Medical and sanitary report of the native army of Bengal for the year
Year: 1875
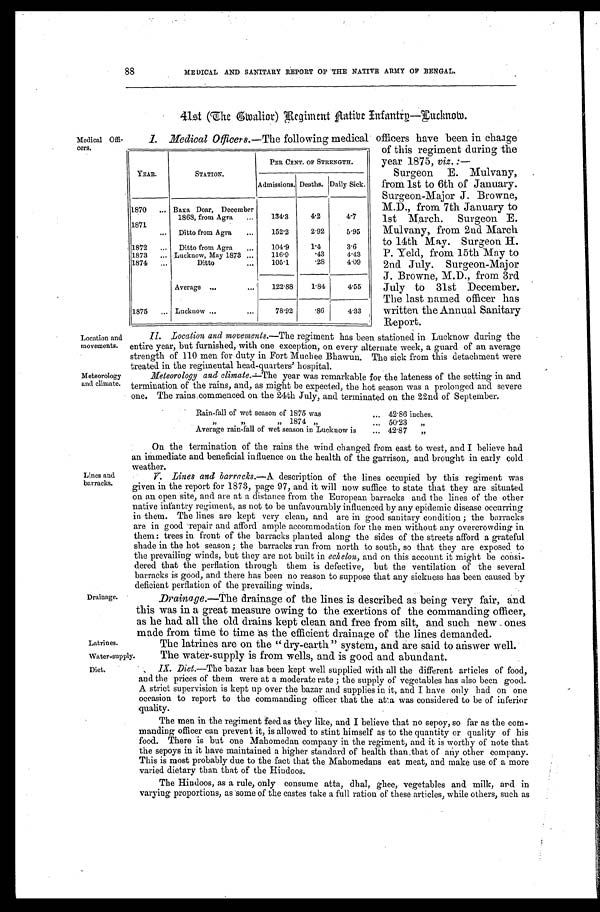
88
MEDICAL AND SANITARY REPORT OF THE NATIVE ARMY OF BENGAL.
41st (The Gwalior) Regiment Aatibe Infantry—Lucknow.
Medical Offi-
cers.
Location and
movements.
Meteorology
and climate.
I. Medical Officers.—The following medical officers have been in charge
of this regiment during the
year 1875, viz. :—
Surgeon E. Mulvany,
from 1st to 6th of January.
Surgeon-Major J. Browne,
M.D., from 7th January to
1st March. Surgeon E.
Muivany, from 2nd March
to 14th May. Surgeon H.
P. Yeld, from 15th May to
2nd July. Surgeon-Major
J. Browne, M.D., from 3rd
July to 31st December.
The last named officer has
written the Annual Sanitary
Report.
II. Location and movements .—The regiment has been stationed in Lucknow during the
entire year, but furnished, with one exception, on every alternate week, a guard of an average
strength of 110 men for duty in Fort Muchee Bhawun. The sick from this detachment were
t r e a t e d i n t h e r e g i m e n t a l h e a d - q u a r t e r s ' h o s p i t a l .
Meteorology and climate .—The year was remarkable for the lateness of the setting in and
termination of the rains, and, as might be expected, the hot season was a prolonged and severe
one. The rains commenced on the 24th July, and terminated on the 22nd of September.
YEAR.
STATION.
PER CENT. OF STRENGTH.
Admissions. Deaths. Daily Sick.
1870 . . .
Baxa Doar, December
1863, from Agra . . .
134.3
4.2
4.7
1 8 7 1 . . .
Ditto from Agra . . .
152.2
2.92
5.95
1872 . . .
Ditto from Agra . . .
104.9
1.4
3.6
1873 . . .
Lucknow, May 1873 . . .
116.9
.43
4.43
1874 . . .
D i t t o . . .
105.1
.28
4.09
Av e r a g e . . .
122.88
1.84
4.55
1875 . . .
Lucknow . . .
78.92
.86
4.33
Rain-fall of wet season of 1875 was . . . 42.86 inches.
" " " 1 8 7 4 " . . . 50.23 "
Average rain-fall of wet season in Lucknow is . . . 42.87 "
Lines and
barracks.
Drainage.
Latrines.
On the termination of the rains the wind changed from east to west, and I believe had
an immediate and beneficial influence on the health of the garrison, and brought in early cold
wather.
V. Lines and barracks .—A description of the lines occupied by this regiment was
given in the report for 1873, page 97, and it will now suffice to state that they are situated
on an open site, and are at a distance from the European barracks and the lines of the other
native infantry regiment, as not to be unfavourably influenced by any epidemic disease occurring
in them. The lines are kept very clean, and are in good sanitary condition; the barracks
are in good repair and afford ample accommodation for the men without any overcrowding in
them: trees in front of the barracks planted along the sides of the streets afford a grateful
shade in the hot season; the barracks run from north to south, so that they are exposed to
the prevailing winds, but they are not built in echelon, and on this account it might be consi
-dered that the perflation through them is defective, but the ventilation of the several
barracks is good, and there has been no reason to suppose that any sickness has been caused by
deficient perflation of the prevailing winds.
Drainage .—The drainage of the lines is described as being very fair, and
this was in a great measure owing to the exertions of the commanding officer,
as he had all the old drains kept clean and free from silt, and such new ones
made from time to time as the efficient drainage of the lines demanded.
The latrines are on the "dry-earth" system, and are said to answer well.
Water-supply.
The water-supply is from wells, and is good and abundant.
Diet.
IX. Diet .—The bazar has been kept well supplied with all the different articles of food,
and the prices of them were at a moderate rate; the supply of vegetables has also been good.
A strict supervision is kept up over the bazar and supplies in it, and I have only had on one
occasion to report to the commanding officer that the atta was considered to be of inferior
quality.
The men in the regiment feed as they like, and I believe that no sepoy, so far as the com
-manding officer can prevent it, is allowed to stint himself as to the quantity or quality of his
food. There is but one Mahomedan company in the regiment, and it is worthy of note that
the sepoys in it have maintained a higher standard of health than,that of any other company.
This is most probably due to the fact that the Mahomedans eat meat, and make use of a more
varied dietary than that of the Hindoos.
The Hindoos, as a rule, only consume atta, dhal, ghee, vegetables and milk, and in
varying proportions, as some of the castes take a full ration of these articles, while others, such as